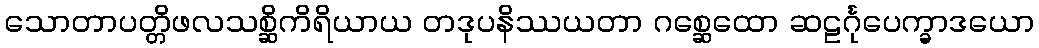
သောတာပတ္တိဖလသစ္ဆိကိရိယာယ တဒုပနိဿယတာ ဂစ္ဆေထော ဆဠင်္ဂုပေက္ခာဒယော